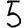
Digit: 5